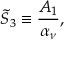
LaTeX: { \widetilde S } _ { 3 } \equiv { \frac { A _ { 1 } } { \alpha _ { \nu } } } ,